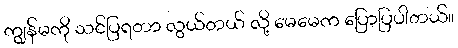
ကျွန်မကို သင်ပြရတာ လွယ်တယ် လို့ မေမေက ပြောပြပါတယ်။